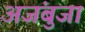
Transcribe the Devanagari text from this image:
अजंबुजा